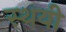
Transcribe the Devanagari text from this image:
स्‍थयी